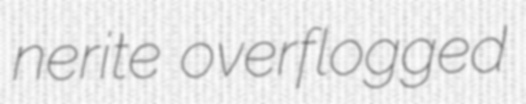
nerite overflogged